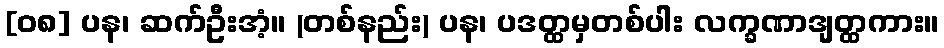
[၀၈] ပန၊ ဆက်ဦးအံ့။ (တစ်နည်း) ပန၊ ပဒတ္ထမှတစ်ပါး လက္ခဏာဒျတ္ထကား။